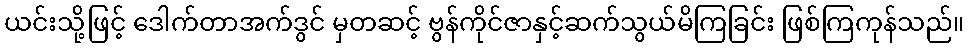
ယင်းသို့ဖြင့် ဒေါက်တာအက်ဒွင် မှတဆင့် ဗွန်ကိုင်ဇာနှင့်ဆက်သွယ်မိကြခြင်း ဖြစ်ကြကုန်သည်။